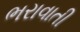
ભરાવાતી